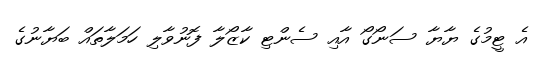
އެ ޓީމުގެ ޔާޔާ ސަނޯގޯ އާއި ސެންޓި ކާޒޯލާ ފޮނުވާލި ހަމަލާތައް ބަޔާނުގެ